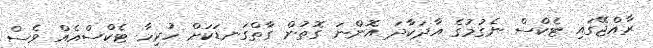
ރާއްޖޭގައި ޓެކްސް ނެގުމުގެ އާދަކާދަ އޮންނަ ގޮތުން ގާތްގަނޑަކަށް ހުރިހާ ޓެކްސްއެއް ވެސް